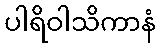
ပါရိဝါသိကာနံ